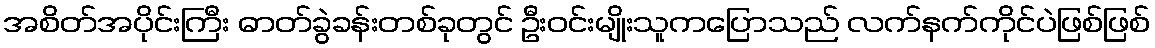
အစိတ်အပိုင်းကြီး ဓာတ်ခွဲခန်းတစ်ခုတွင် ဦးဝင်းမျိုးသူကပြောသည် လက်နက်ကိုင်ပဲဖြစ်ဖြစ်